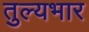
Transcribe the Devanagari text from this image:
तुल्‍यभार